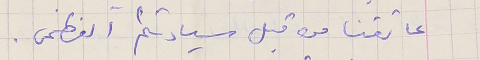
عاتقنا من قبل سيادتكم العظمى.